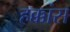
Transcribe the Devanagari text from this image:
हक्कांस